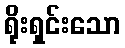
ရိုးရှင်းသော